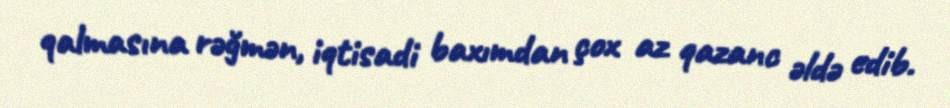
qalmasına rəğmən, iqtisadi baxımdan çox az qazanc əldə edib.